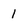
Character: 1